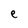
Character: e